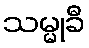
သမ္မုခီ